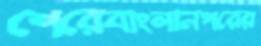
শেরেবাংলানগরের